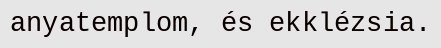
anyatemplom, és ekklézsia.